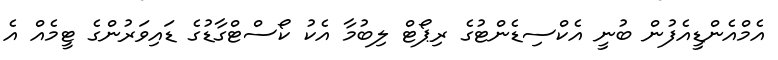
އެމްއެންޑީއެފުން ބުނީ އެކްސިޑެންޓުގެ ރިޕޯޓް ލިބުމާ އެކު ކޯސްޓްގާޑުގެ ޑައިވަރުންގެ ޓީމެއް އެ